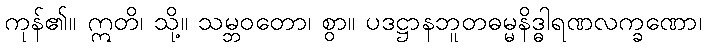
ကုန်၏။ ဣတိ၊ သို့။ သမ္ဘဝတော၊ စွာ။ ပဒဋ္ဌာနဘူတဓမ္မနိဒ္ဓါရဏလက္ခဏော၊